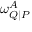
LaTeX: \omega _ { Q \mid P } ^ { A }